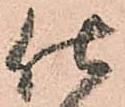
仕